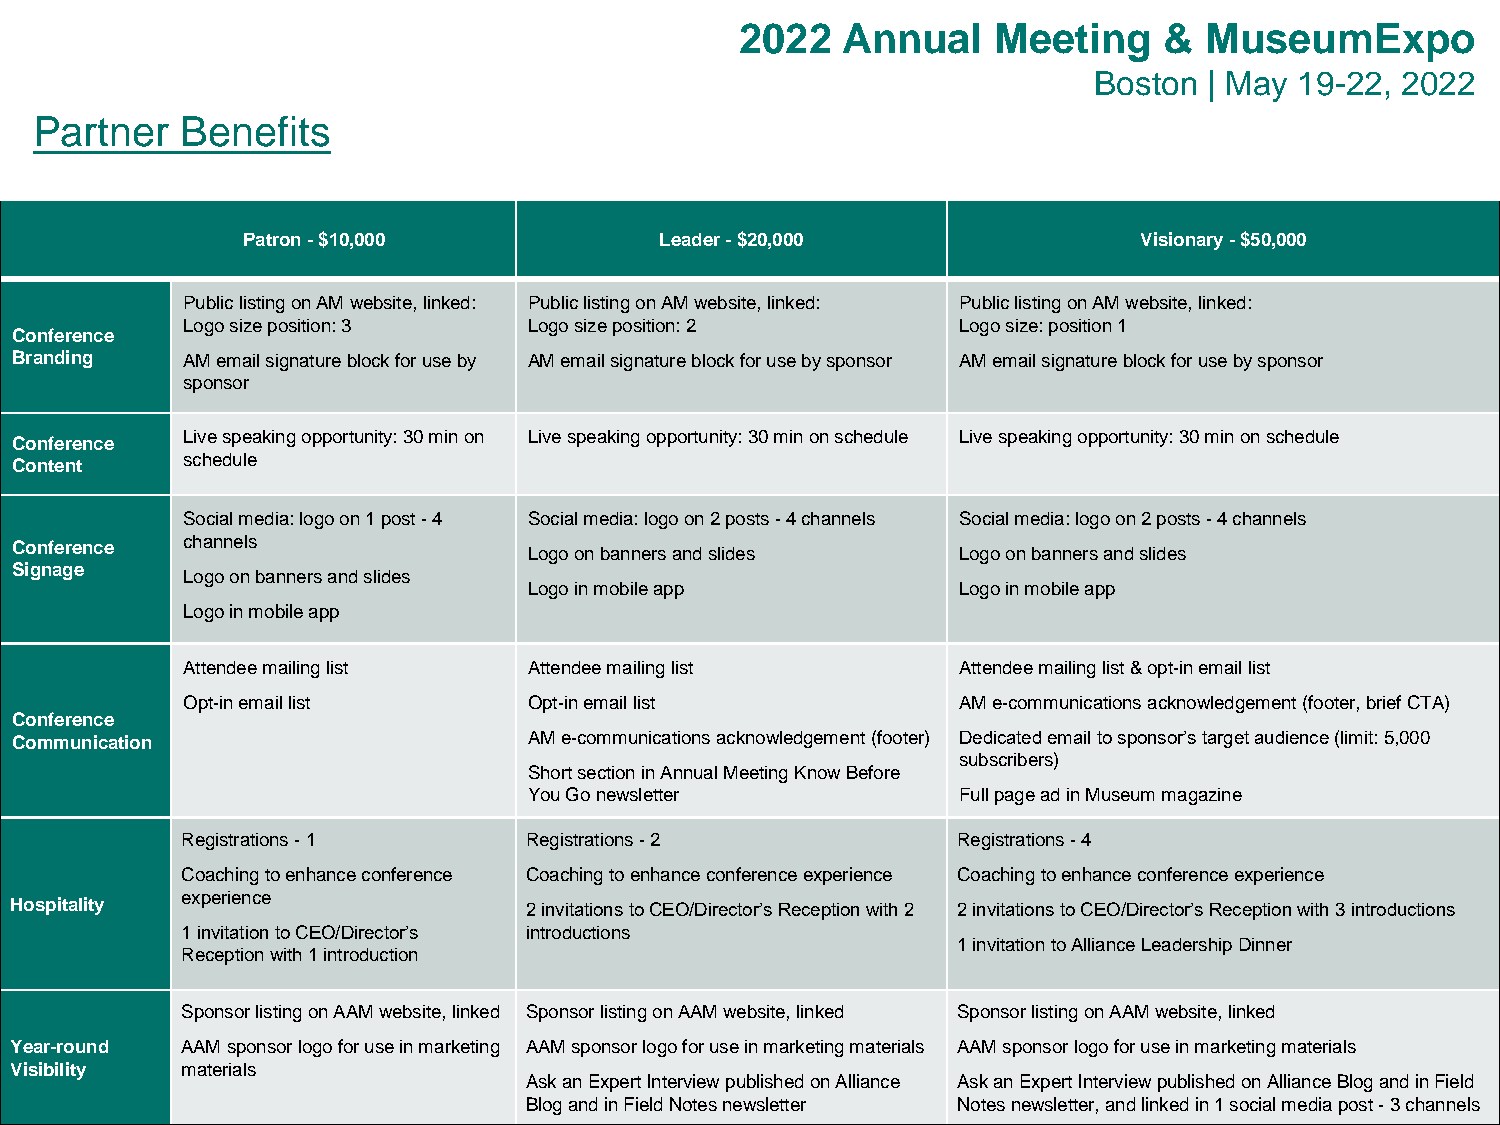
2022   Annual    Meeting    &  MuseumExpo
 Boston  | May 19-22, 2022
 Partner   Benefits
 Patron -$10,000             Leader -$20,000                Visionary -$50,000
 Public listing on AM website, linked: Public listing on AM website, linked: Public listing on AM website, linked:
 Logo size position: 3  Logo size position: 2       Logo size: position 1
 Conference
 Branding   AM email signature block for use by AM email signature block for use by sponsor AM email signature block for use by sponsor
 sponsor
 Live speaking opportunity: 30 min on Live speaking opportunity: 30 min on schedule Live speaking opportunity: 30 min on schedule
 Conference
 schedule
 Content
 Social media: logo on 1 post -4 Social media: logo on 2 posts -4 channels Social media: logo on 2 posts -4 channels
 Conference channels
 Logo on banners and slides  Logo on banners and slides
 Signage
 Logo on banners and slides
 Logo in mobile app          Logo in mobile app
 Logo in mobile app
 Attendee mailing list  Attendee mailing list       Attendee mailing list & opt-in email list
 Opt-in email list      Opt-in email list           AM e-communications acknowledgement (footer, brief CTA)
 Conference
 Communication                     AM e-communications acknowledgement (footer) Dedicated email to sponsor’s target audience (limit: 5,000
 subscribers)
 Short section in Annual Meeting Know Before
 You Go newsletter           Full page ad in Museum magazine
 Registrations -1       Registrations -2            Registrations -4
 Coaching to enhance conference Coaching to enhance conference experience Coaching to enhance conference experience
 experience
 Hospitality                       2 invitations to CEO/Director’s Reception with 2 2 invitations to CEO/Director’s Reception with 3 introductions
 1 invitation to CEO/Director’s introductions
 1 invitation to Alliance Leadership Dinner
 Reception with 1 introduction
 Sponsor listing on AAM website, linked Sponsor listing on AAM website, linked Sponsor listing on AAM website, linked
 Year-round AAM sponsor logo for use in marketing AAM sponsor logo for use in marketing materials AAM sponsor logo for use in marketing materials
 Visibility materials
 Ask an Expert Interview published on Alliance Ask an Expert Interview published on Alliance Blog and in Field
 Blog and in Field Notes newsletter Notes newsletter, and linked in 1 social media post -3 channels